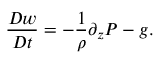
\frac { D w } { D t } = - \frac { 1 } { \rho } \partial _ { z } P - g .